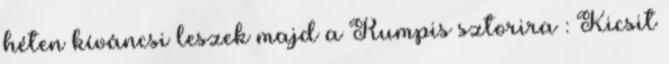
héten kíváncsi leszek majd a Rumpis sztorira : Kicsit